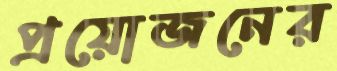
প্রয়োজনের